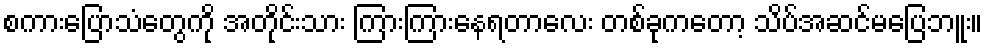
စကားပြောသံတွေကို အတိုင်းသား ကြားကြားနေရတာလေး တစ်ခုကတော့ သိပ်အဆင်မပြေဘူး။